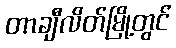
တာချီလိတ်မြို့တွင်